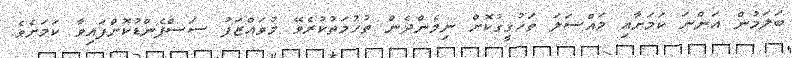
ބަލަމުން އަންނަ ކަމަށާއި މައްސަލަ ތަހުގީގުކޮށް ނިމެންދެން ތުހުމަތުކުރެވޭ މުވައްޒަފު ސަސްޕެންޑުކޮށްފައިވާ ކަމަށެވެ.